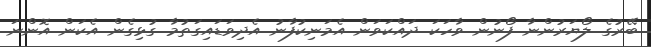
ބޭރުގެ ލޯޔަރުންނާ ފޯނުން ވާހަކަ ދައްކަވަން އެމަނިކުފާނު އެދިވަޑައިގަތުމާ ގުޅިގެން އެކަން އޮންނަ